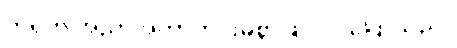
ကရုက အညှာအတာကင်းမဲ့စွာဖြင့် ဝင်ပြောသည်။